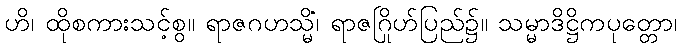
ဟိ၊ ထိုစကားသင့်စွ။ ရာဇဂဟသ္မိံ၊ ရာဇဂြိုဟ်ပြည်၌။ သမ္မာဒိဋ္ဌိကပုတ္တော၊